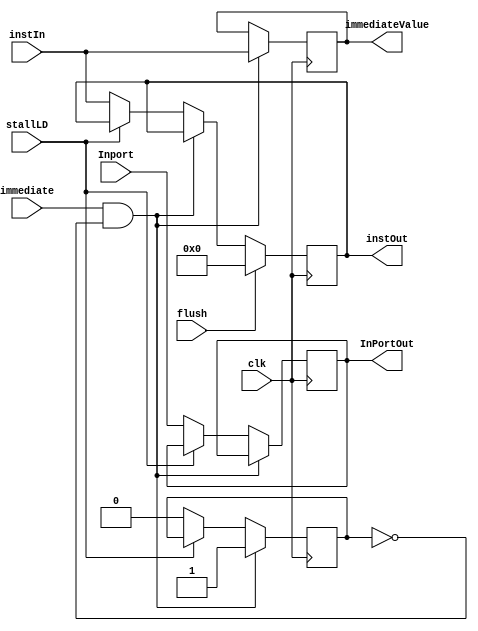
module IF_ID (
    input clk,
    input flush,
    input stallLD,
    input immediate,
    input [15:0] instIn,
    output reg [15:0] instOut,
    output reg [15:0] immediateValue,
    input [15:0] Inport,
    output reg [15:0] InPortOut
);
 reg inside = 0;
    always @(posedge clk ) begin
        
        if(immediate == 1'b1 & inside == 0) begin
            inside = 1;
            immediateValue = instIn;
        end else if(stallLD == 1'b0) begin
            instOut = instIn;
            inside = 0;
            InPortOut = Inport;
        end

        if(flush) begin
            instOut = 0;
        end
    end
    
endmodule